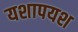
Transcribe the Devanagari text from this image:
यशापयश